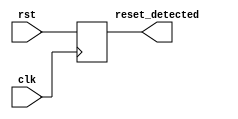
module SynchronousResetDetector (
    input wire clk,                // Clock signal
    input wire rst,                // Synchronous reset signal
    output reg reset_detected      // Output indicating reset status
);

// Synchronous reset detection logic
always @(posedge clk) begin
    reset_detected <= rst;        // Update reset_detected on clock edge
end

endmodule